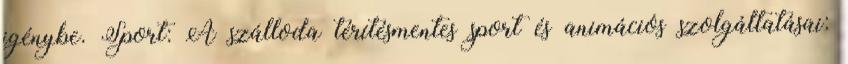
igénybe. Sport: A szálloda térítésmentes sport és animációs szolgáltatásai: